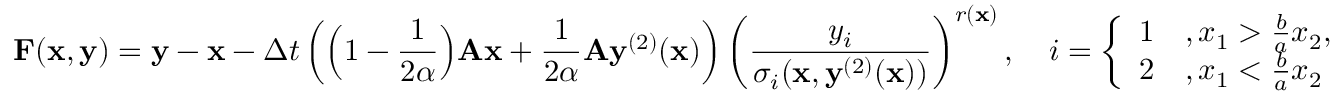
\mathbf F ( \mathbf x , \mathbf y ) = \mathbf y - \mathbf x - \Delta t \left( \Big ( 1 - \frac { 1 } { 2 \alpha } \Big ) \mathbf A \mathbf x + \frac { 1 } { 2 \alpha } \mathbf A \mathbf y ^ { ( 2 ) } ( \mathbf x ) \right) \left( \frac { y _ { i } } { \sigma _ { i } ( \mathbf x , \mathbf y ^ { ( 2 ) } ( \mathbf x ) ) } \right) ^ { r ( \mathbf x ) } , \quad i = \left\{ \begin{array} { l l } { 1 } & { , x _ { 1 } > \frac { b } { a } x _ { 2 } , } \\ { 2 } & { , x _ { 1 } < \frac { b } { a } x _ { 2 } } \end{array} \right.